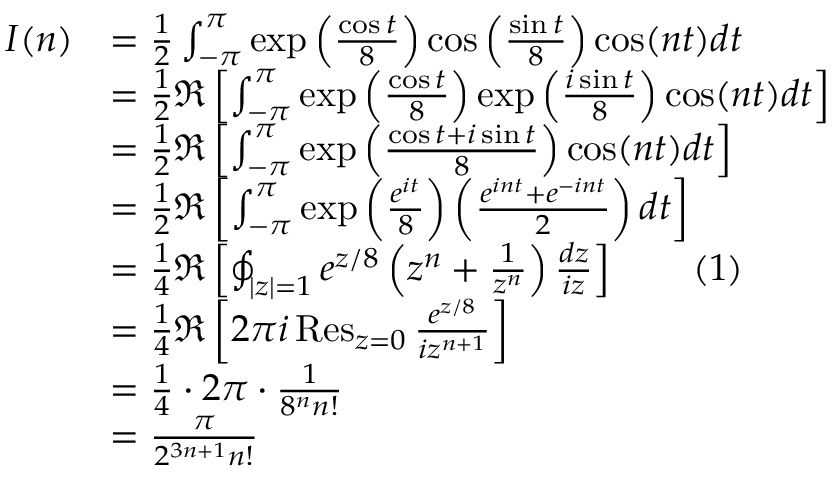
\begin{array} { r l } { I ( n ) } & { = \frac 1 2 \int _ { - \pi } ^ { \pi } \exp \left( \frac { \cos t } { 8 } \right) \cos \left( \frac { \sin t } { 8 } \right) \cos ( n t ) d t } \\ & { = \frac 1 2 \Re \left[ \int _ { - \pi } ^ { \pi } \exp \left( \frac { \cos t } { 8 } \right) \exp \left( \frac { i \sin t } { 8 } \right) \cos ( n t ) d t \right] } \\ & { = \frac 1 2 \Re \left[ \int _ { - \pi } ^ { \pi } \exp \left( \frac { \cos t + i \sin t } { 8 } \right) \cos ( n t ) d t \right] } \\ & { = \frac 1 2 \Re \left[ \int _ { - \pi } ^ { \pi } \exp \left( \frac { e ^ { i t } } { 8 } \right) \left( \frac { e ^ { i n t } + e ^ { - i n t } } 2 \right) d t \right] } \\ & { = \frac 1 4 \Re \left[ \oint _ { | z | = 1 } e ^ { z / 8 } \left( z ^ { n } + \frac 1 { z ^ { n } } \right) \frac { d z } { i z } \right] \qquad { ( 1 ) } } \\ & { = \frac 1 4 \Re \left[ 2 \pi i \operatorname * { R e s } _ { z = 0 } \frac { e ^ { z / 8 } } { i z ^ { n + 1 } } \right] } \\ & { = \frac 1 4 \cdot 2 \pi \cdot \frac 1 { 8 ^ { n } n ! } } \\ & { = \frac { \pi } { 2 ^ { 3 n + 1 } n ! } } \end{array}